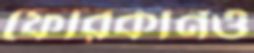
ফোরকানও